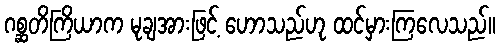
ဂစ္ဆတိကြိယာက မုချအားဖြင့် ဟောသည်ဟု ထင်မှားကြလေသည်။